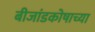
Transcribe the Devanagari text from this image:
बीजांडकोषाच्या